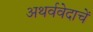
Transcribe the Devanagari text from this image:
अथर्ववेदाचें